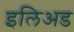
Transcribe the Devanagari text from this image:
इलिअड